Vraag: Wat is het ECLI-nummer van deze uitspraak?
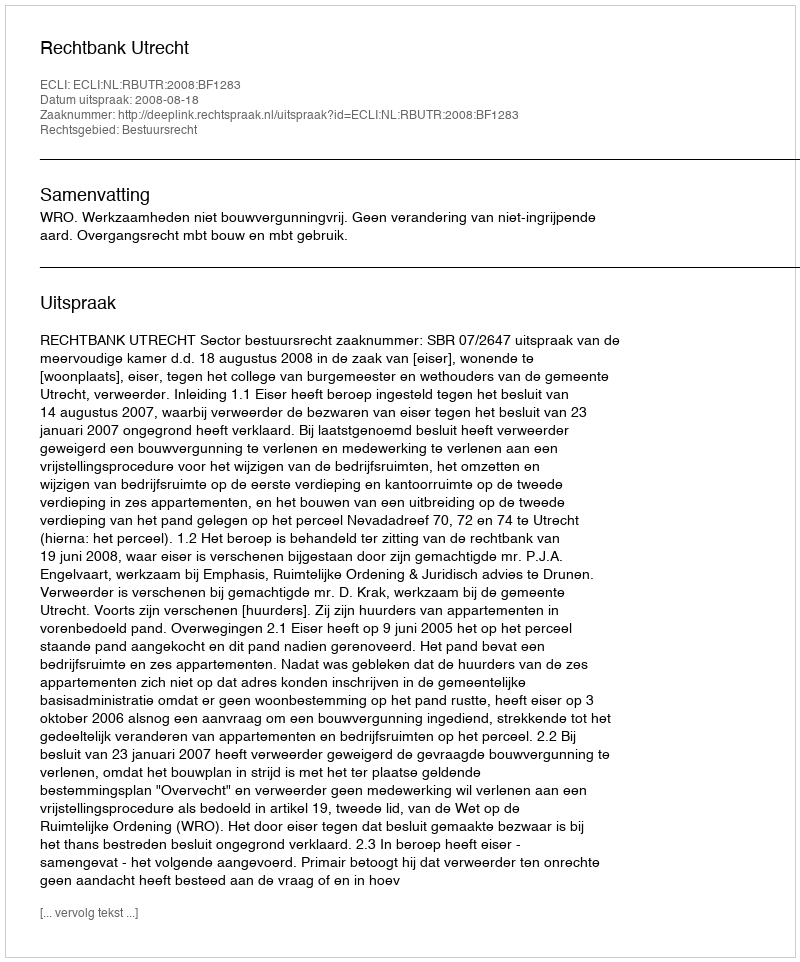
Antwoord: ECLI:NL:RBUTR:2008:BF1283